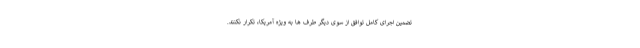
تضمین اجرای کامل توافق از سوی دیگر طرف ها به ویژه آمریکا، تکرار نکنند.